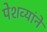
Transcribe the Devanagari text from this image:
पेशव्यांने